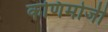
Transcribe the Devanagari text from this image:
कणिमोजी